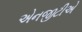
એનજીટીએ